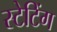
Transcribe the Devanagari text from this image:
स्टेटिंग